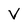
Character: V